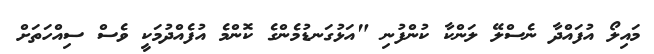
މައިލޯ އުފައްދާ ނެސްލޭ ލަންކާ ކުންފުނި "އަޅުގަނޑުމެންގެ ކޮންމެ އުފެއްދުމަކީ ވެސް ސިއްހަތަށް